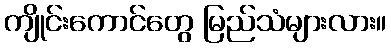
ကျိုင်းကောင်တွေ မြည်သံများလား။